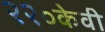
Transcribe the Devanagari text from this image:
२२०केवी